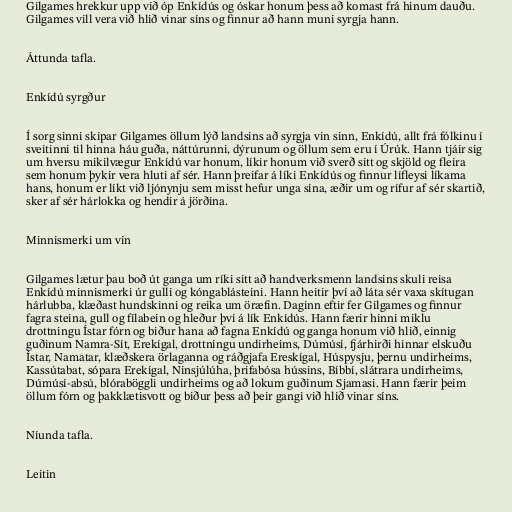
Gilgames hrekkur upp við óp Enkídús og óskar honum þess að komast frá hinum dauðu.
Gilgames vill vera við hlið vinar síns og finnur að hann muni syrgja hann.

Áttunda tafla.

Enkídú syrgður

Í sorg sinni skipar Gilgames öllum lýð landsins að syrgja vin sinn, Enkídú, allt frá fólkinu í
sveitinni til hinna háu guða, náttúrunni, dýrunum og öllum sem eru í Úrúk. Hann tjáir sig
um hversu mikilvægur Enkídú var honum, líkir honum við sverð sitt og skjöld og fleira
sem honum þykir vera hluti af sér. Hann þreifar á líki Enkídús og finnur lífleysi líkama
hans, honum er líkt við ljónynju sem misst hefur unga sína, æðir um og rífur af sér skartið,
sker af sér hárlokka og hendir á jörðina.

Minnismerki um vin

Gilgames lætur þau boð út ganga um ríki sitt að handverksmenn landsins skuli reisa
Enkídú minnismerki úr gulli og kóngablásteini. Hann heitir því að láta sér vaxa skítugan
hárlubba, klæðast hundskinni og reika um öræfin. Daginn eftir fer Gilgames og finnur
fagra steina, gull og fílabein og hleður því á lík Enkídús. Hann færir hinni miklu
drottningu Ístar fórn og biður hana að fagna Enkídú og ganga honum við hlið, einnig
guðinum Namra-Sít, Erekígal, drottningu undirheims, Dúmúsí, fjárhirði hinnar elskuðu
Ístar, Namatar, klæðskera örlaganna og ráðgjafa Ereskígal, Húspysju, þernu undirheims,
Kassútabat, sópara Erekígal, Ninsjúlúha, þrifabósa hússins, Bíbbí, slátrara undirheims,
Dúmúsí-absú, blóraböggli undirheims og að lokum guðinum Sjamasi. Hann færir þeim
öllum fórn og þakklætisvott og biður þess að þeir gangi við hlið vinar síns.

Níunda tafla.

Leitin